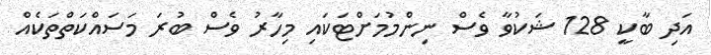
އަދި ބާކީ 128 ޝަކުވާ ވެސް ނިންމުމަށްޓަކައި މިހާރު ވެސް ބުރަ މަސައްކަތްތަކެއް